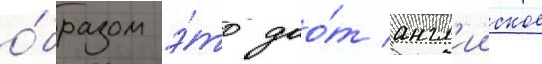
о́бразом э́то дао́т англ'ииское